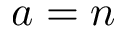
a = n